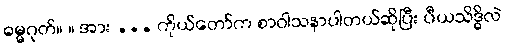
ဓမ္မဂုတ်။ ။ အား ... ကိုယ်တော်က စာဝါသနာပါတယ်ဆိုပြီး ပီယသိဒ္ဓိလဲ